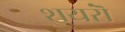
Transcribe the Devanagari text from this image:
शयरॊं